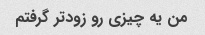
من یه چیزی رو زودتر گرفتم